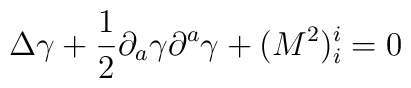
\Delta \gamma + {\frac{1}{2}}{\partial}_{a}\gamma{\partial}^{a}\gamma + (M^{2})^{i}_{i} = 0